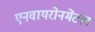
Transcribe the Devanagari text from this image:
एनवायरोनमेंटल